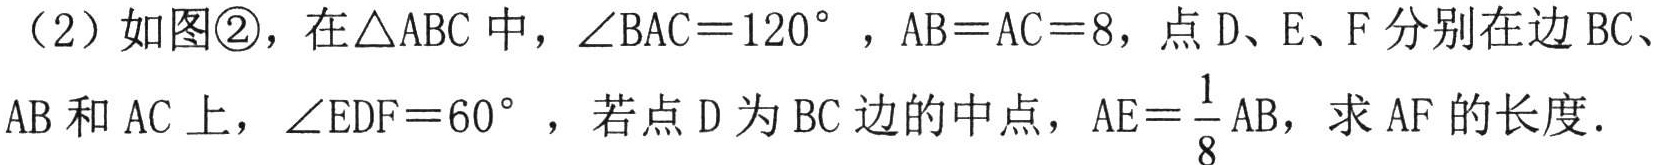
（2）如图\textcircled{2}，在\(\triangle ABC\)中，\(\angle BAC = 120^{\circ}\)，\(AB = AC = 8\)，点\(D\)、\(E\)、\(F\)分别在边\(BC\)、\(AB\)和\(AC\)上，\(\angle EDF = 60^{\circ}\)，若点\(D\)为\(BC\)边的中点，\(AE=\frac{1}{8}AB\)，求\(AF\)的长度.